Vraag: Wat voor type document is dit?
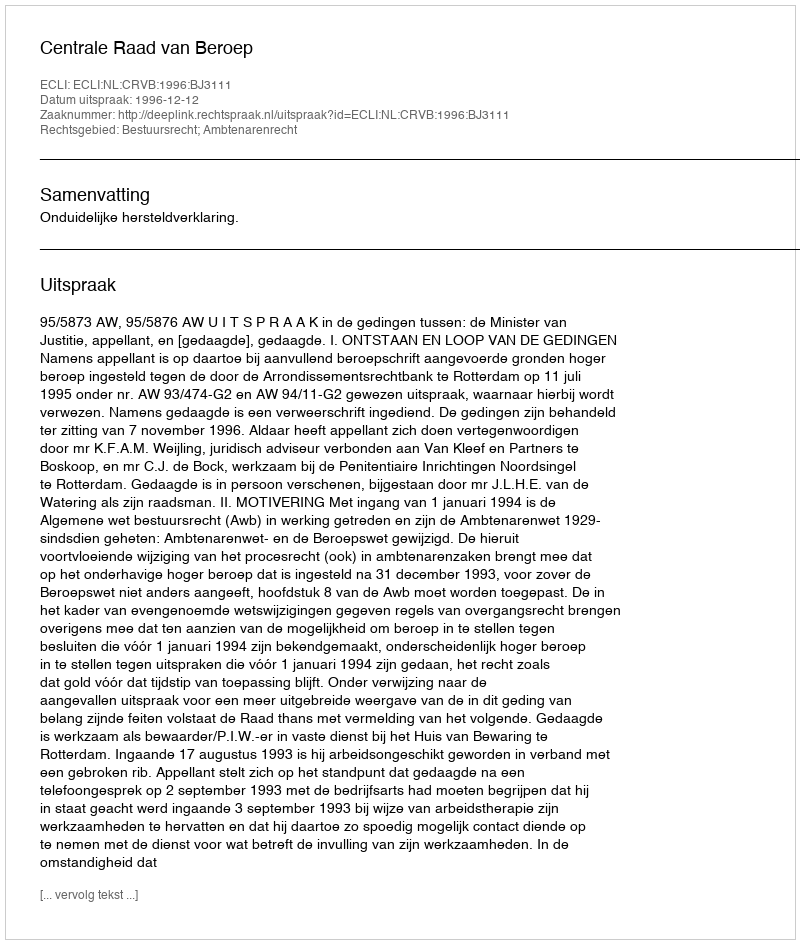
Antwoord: Uitspraak